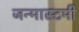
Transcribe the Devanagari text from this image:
जन्मास्टमी